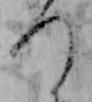
つ